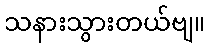
သနားသွားတယ်ဗျ။